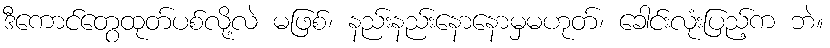
ဒီကောင်တွေထုတ်ပစ်လို့လဲ မဖြစ်၊ နည်းနည်းနောနောမှမဟုတ်၊ ခေါင်းလုံးပြည့်က ဘဲ။